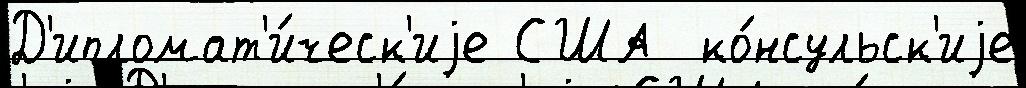
Д'ипломат'и́ческ'иjе США  ко́нсульск'иjе